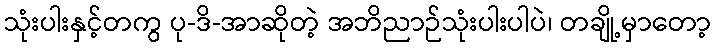
သုံးပါးနှင့်တကွ ပု-ဒိ-အာဆိုတဲ့ အဘိညာဉ်သုံးပါးပါပဲ၊ တချို့မှာတော့